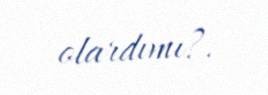
olardımı?.